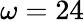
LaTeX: \omega=24